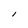
Character: l